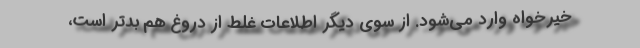
خیرخواه وارد می‌شود. از سوی دیگر اطلاعات غلط از دروغ هم بدتر است،